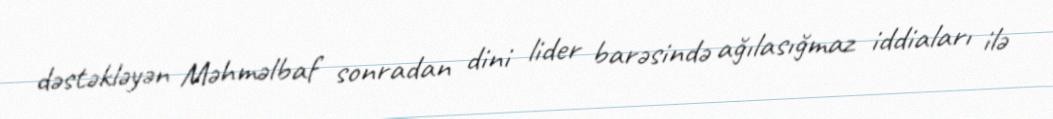
dəstəkləyən Məhməlbaf sonradan dini lider barəsində ağılasığmaz iddiaları ilə